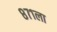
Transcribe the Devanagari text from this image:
८७१ला